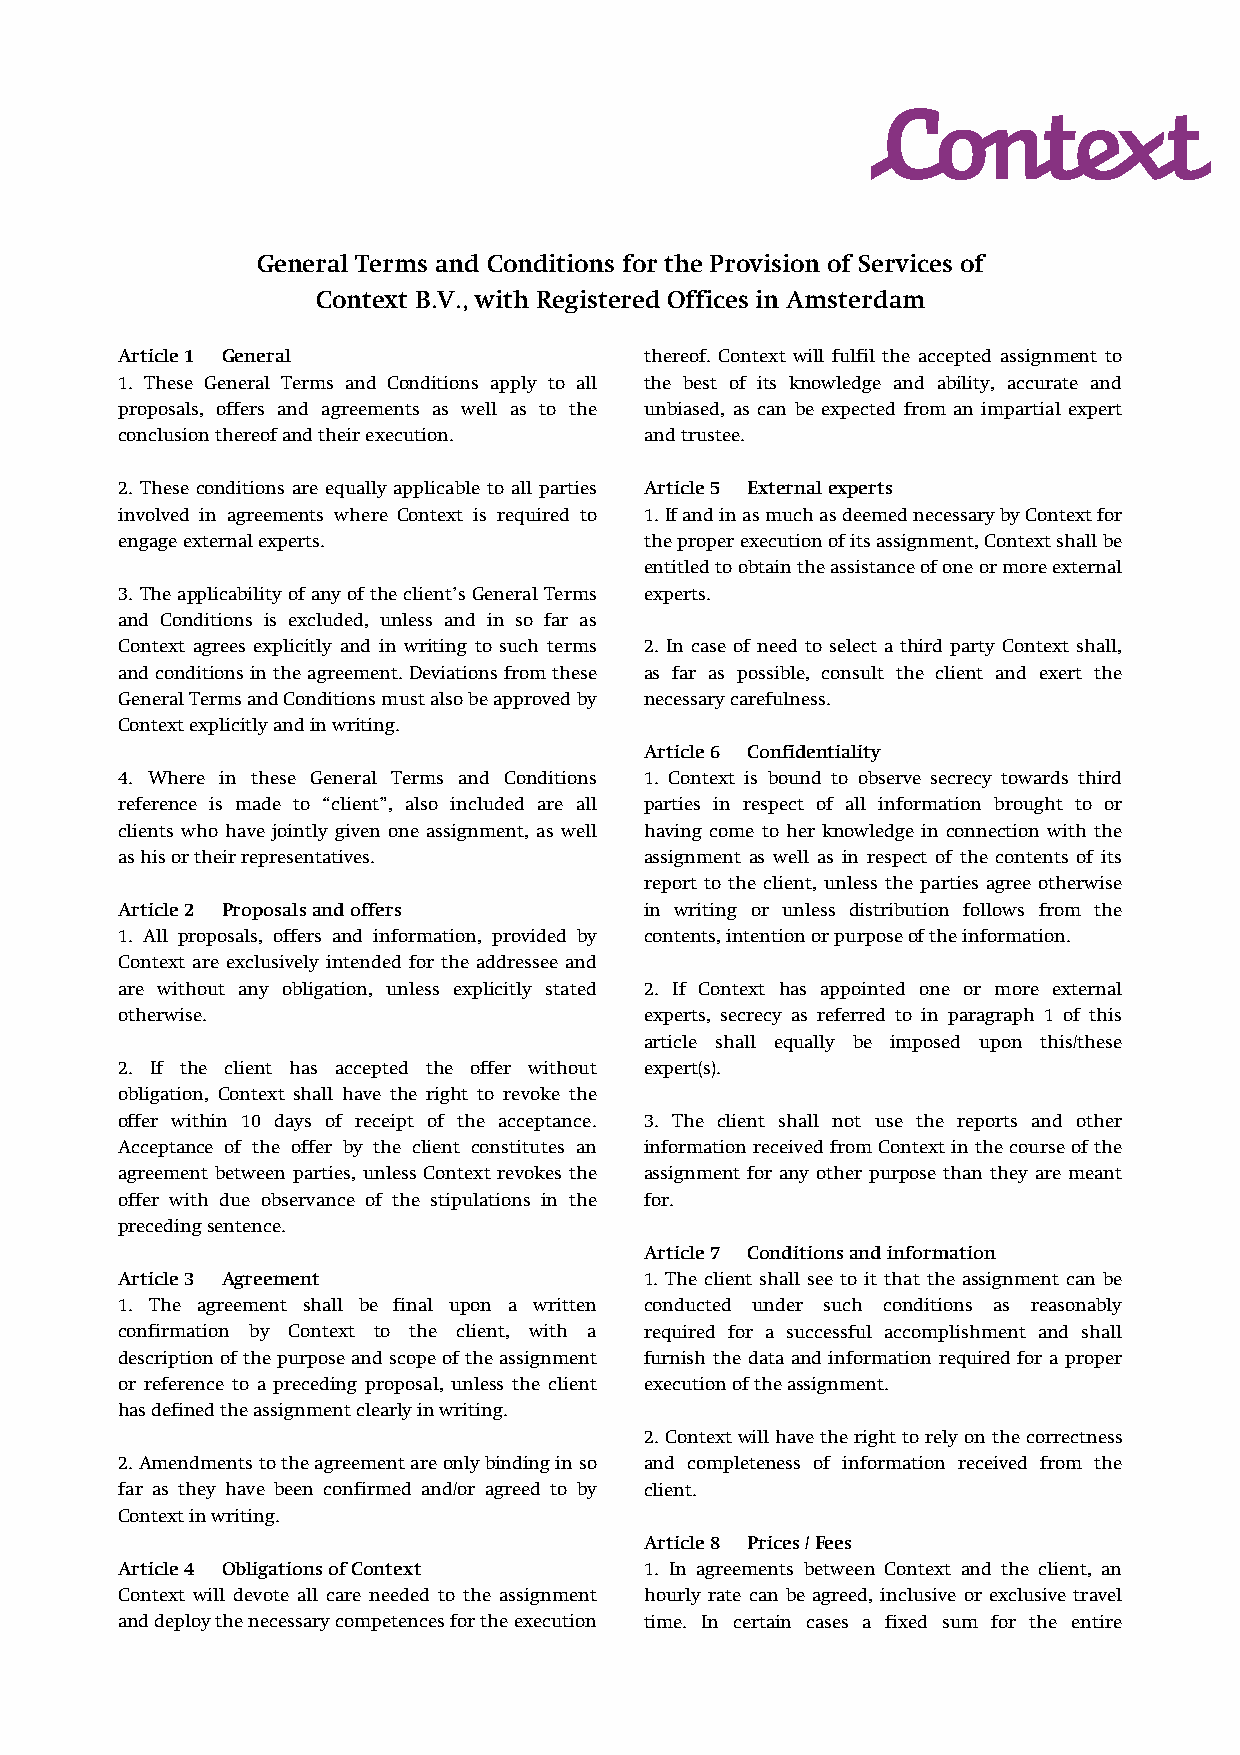
General Terms and Conditions for the Provision of Services of
 Context B.V., with Registered Offices in Amsterdam
 Article 1 General                  thereof. Context will fulfil the accepted assignment to
 1. These General Terms and Conditions apply to all the best of its knowledge and ability, accurate and
 proposals, offers and agreements as well as to the unbiased, as can be expected from an impartial expert
 conclusion thereof and their execution. and trustee.
 2. These conditions are equally applicable to all parties Article 5 External experts
 involved in agreements where Context is required to 1. If and in as much as deemed necessary by Context for
 engage external experts.           the proper execution of its assignment, Context shall be
 entitled to obtain the assistance of one or more external
 3. The applicability of any of the client’s General Terms experts.
 and Conditions is excluded, unless and in so far as
 Context agrees explicitly and in writing to such terms 2. In case of need to select a third party Context shall,
 and conditions in the agreement. Deviations from these as far as possible, consult the client and exert the
 General Terms and Conditions must also be approved by necessary carefulness.
 Context explicitly and in writing.
 Article 6 Confidentiality
 4. Where in these General Terms and Conditions 1. Context is bound to observe secrecy towards third
 reference is made to “client”, also included are all parties in respect of all information brought to or
 clients who have jointly given one assignment, as well having come to her knowledge in connection with the
 as his or their representatives.   assignment as well as in respect of the contents of its
 report to the client, unless the parties agree otherwise
 Article 2 Proposals and offers     in writing or unless distribution follows from the
 1. All proposals, offers and information, provided by contents, intention or purpose of the information.
 Context are exclusively intended for the addressee and
 are without any obligation, unless explicitly stated 2. If Context has appointed one or more external
 otherwise.                         experts, secrecy as referred to in paragraph 1 of this
 article shall equally be imposed upon this/these
 2. If the client has accepted the offer without expert(s).
 obligation, Context shall have the right to revoke the
 offer within 10 days of receipt of the acceptance. 3. The client shall not use the reports and other
 Acceptance of the offer by the client constitutes an information received from Context in the course of the
 agreement between parties, unless Context revokes the assignment for any other purpose than they are meant
 offer with due observance of the stipulations in the for.
 preceding sentence.
 Article 7 Conditions and information
 Article 3 Agreement                1. The client shall see to it that the assignment can be
 1. The agreement shall be final upon a written conducted under such conditions as reasonably
 confirmation by Context to the client, with a required for a successful accomplishment and shall
 description of the purpose and scope of the assignment furnish the data and information required for a proper
 or reference to a preceding proposal, unless the client execution of the assignment.
 has defined the assignment clearly in writing.
 2. Context will have the right to rely on the correctness
 2. Amendments to the agreement are only binding in so and completeness of information received from the
 far as they have been confirmed and/or agreed to by client.
 Context in writing.
 Article 8 Prices / Fees
 Article 4 Obligations of Context   1. In agreements between Context and the client, an
 Context will devote all care needed to the assignment hourly rate can be agreed, inclusive or exclusive travel
 and deploy the necessary competences for the execution time. In certain cases a fixed sum for the entire